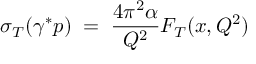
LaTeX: \sigma _ { T } ( \gamma ^ { * } p ) \; = \; \frac { 4 \pi ^ { 2 } \alpha } { Q ^ { 2 } } F _ { T } ( x , Q ^ { 2 } )